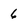
Character: 6